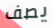
يصف